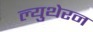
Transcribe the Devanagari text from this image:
ल्युथेरन